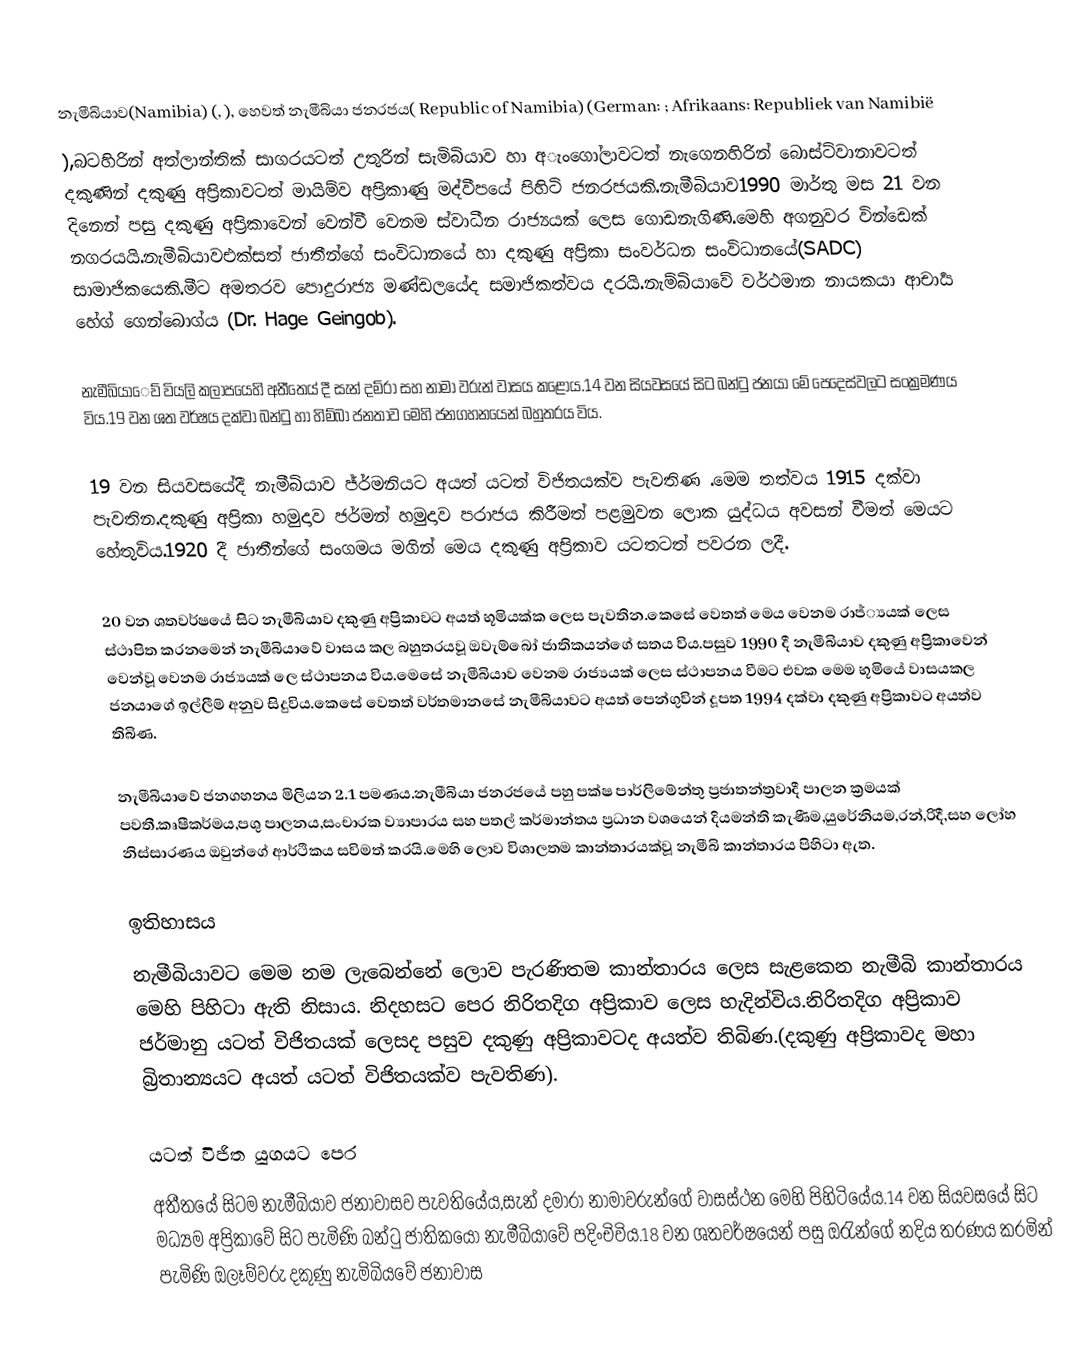
නැමීබියාව(Namibia) (, ), හෙවත් නැමීබියා ජනරජය( Republic of Namibia) (German: ; Afrikaans: Republiek van Namibië
),බටහිරින් අත්ලාන්තික් සාගරයටත් උතුරින් සැමිබියාව හා අැංගෝලාවටත් නැගෙනහිරින් බොස්ට්වානාවටත් දකුණින් දකුණු අප්‍රිකාවටත් මායිම්ව අප්‍රිකාණු මද්වීපයේ පිහිටි ජනරජයකි.නැමීබියාව1990 මාර්තු මස 21 වන දිනෙන් පසු දකුණු අප්‍රිකාවෙන් වෙන්වී වෙනම ස්වාධීන රාජ්‍යයක් ලෙස ගොඩනැගිණි.මෙහි අගනුවර වින්ඩෙක් නගරයයි.නැමීබියාවඑක්සත් ජාතීන්ගේ සංවිධානයේ හා දකුණු අප්‍රිකා සංවර්ධන සංවිධානයේ(SADC) සාමාජිකයෙකි.මීට අමතරව පොදුරාජ්‍ය මණ්ඩලයේද සමාජිකත්වය දරයි.නැම්බියාවේ වර්ථමාන නායකයා ආචාර්‍ය හේග් ගෙන්බොග්ය (Dr. Hage Geingob).

නැමීබියාෙව් වියලි කලාපයෙහි අතීතෙය් දී සැන් දම්රා සහ නාමා වරුන් වාසය කළෝය.14 වන සියවසයේ සිට බන්ටු ජනයා මේ පෙදෙස්වලට සංක්‍රමණය විය.19 වන ශත වර්ෂය දක්වා බන්ටු හා හිම්බා ජනතාව මෙහි ජනගහනයෙන් බහුතරය විය.

19 වන සියවසයේදී නැමීබියාව ජ්ර්මනියට අයත් යටත් විජිතයක්ව පැවතිණ .මෙම තත්වය 1915 දක්වා පැවතින.දකුණු අප්‍රිකා හමුදාව ජර්මන් හමුදාව පරාජය කිරීමත් පළමුවන ලොක යුද්ධය අවසන් වීමත් මෙයට හේතුවිය.1920 දී ජාතීන්ගේ සංගමය මගින් මෙය දකුණු අප්‍රිකාව යටතටත් පවරන ලදී.

20  වන ශතවර්ෂයේ සිට නැමීබියාව දකුණු අප්‍රිකාවට අයත් භූමියක්ක ලෙස පැවතින.කෙසේ වෙතත් මෙය වෙනම රාජ්්‍යයක් ලෙස ස්ථාපිත කරනමෙන් නැමීබියාවේ වාසය කල බහුතරයවූ  ඔවැම්බෝ ජාතිකයන්ගේ සතය විය.පසුව 1990 දී නැමීබියාව දකුණු අප්‍රිකාවෙන් වෙන්වූ වෙනම රාජ්‍යයක් ලෙ ස්ථාපනය විය.මෙසේ නැමීබියාව වෙනම රාජ්‍යයක් ලෙස ස්ථාපනය වීමට එවක මෙම භූමියේ වාසයකල ජනයාගේ ඉල්ලීම් අනුව සිදුවිය.කෙසේ වෙතත් වර්තමානසේ නැමීබියාවට අයත් පෙන්ගුවින් දූපත 1994 දක්වා දකුණු අප්‍රිකාවට අයත්ව තිබිණ.

නැමීබියාවේ ජනගහනය මිලියන 2.1 පමණය.නැමීබියා ජනරජයේ පහු පක්ෂ පාර්ලිමේන්තු ප්‍රජාතන්ත්‍රවාදී පාලන ක්‍රමයක් පවතී.කෘෂීකර්මය,පශු පාලනය,සංචාරක ව්‍යාපාරය සහ පතල් කර්මාන්තය ප්‍රධාන වශයෙන් දියමන්ති කැණීම,යුරේනියම,රන්,රිදී,සහ ලෝහ නිස්සාරණය ඔවුන්ගේ ආර්ථිකය සවිමත් කරයි.මෙහි ලොව විශාලතම කාන්තාරයක්වූ නැමීබි කාන්තාරය පිහිටා ඇත.

ඉතිහාසය
නැමීබියාවට මෙම නම ලැබෙන්නේ ලොව පැරණිතම කාන්තාරය ලෙස සැළකෙන නැමීබි කාන්තාරය මෙහි පිහිටා ඇති නිසාය. නිදහසට පෙර නිරිතදිග අප්‍රිකාව ලෙස හැදින්විය.නිරිතදිග අප්‍රිකාව ජර්මානු යටත් විජිතයක් ලෙසද පසුව දකුණු අප්‍රිකාවටද අයත්ව තිබිණ.(දකුණු අප්‍රිකාවද මහා බ්‍රිතාන්‍යයට අයත් යටත් විජිතයක්ව පැවතිණ).

යටත් විජිත යුගයට පෙර
අතීතයේ සිටම නැමීබියාව ජනාවාසව පැවතියේය,සැන් දමාරා නාමාවරුන්ගේ වාසස්ථන මෙහි පිහිටියේය.14 වන සියවසයේ සිට මධ්‍යම අප්‍රිකාවේ සිට පැමිණි බන්ටු ජාතිකයෝ නැමීබියාවේ පදිංචිවිය.18 වන ශතවර්ෂයෙන් පසු ඔරැන්ගේ නදිය තරණය කරමින් පැමිණි ඔලෑම්වරු දකුණු නැමිබියවේ ජනාවාස